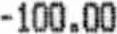
-100.00